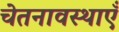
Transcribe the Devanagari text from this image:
चेतनावस्थाएँ